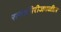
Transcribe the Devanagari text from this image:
रत्‍नागिरीजवळील